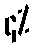
၄%